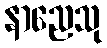
နာညေသု